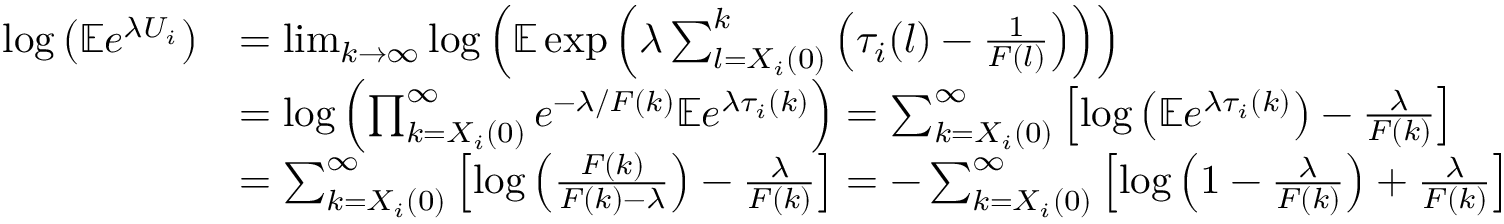
\begin{array} { r l } { \log \left( \mathbb { E } e ^ { \lambda U _ { i } } \right) } & { = \operatorname* { l i m } _ { k \to \infty } \log \left( \mathbb { E } \exp \left( \lambda \sum _ { l = X _ { i } ( 0 ) } ^ { k } \left( \tau _ { i } ( l ) - \frac { 1 } { F ( l ) } \right) \right) \right) } \\ & { = \log \left( \prod _ { k = X _ { i } ( 0 ) } ^ { \infty } e ^ { - \lambda / F ( k ) } \mathbb { E } e ^ { \lambda \tau _ { i } ( k ) } \right) = \sum _ { k = X _ { i } ( 0 ) } ^ { \infty } \left[ \log \left( \mathbb { E } e ^ { \lambda \tau _ { i } ( k ) } \right) - \frac { \lambda } { F ( k ) } \right] } \\ & { = \sum _ { k = X _ { i } ( 0 ) } ^ { \infty } \left[ \log \left( \frac { F ( k ) } { F ( k ) - \lambda } \right) - \frac { \lambda } { F ( k ) } \right] = - \sum _ { k = X _ { i } ( 0 ) } ^ { \infty } \left[ \log \left( 1 - \frac { \lambda } { F ( k ) } \right) + \frac { \lambda } { F ( k ) } \right] } \end{array}